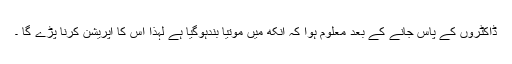
ڈاکٹروں کے پاس جانے کے بعد معلوم ہوا کہ آنکھ میں موتیا بندہوگیا ہے لہٰذا اس کا آپریشن کرنا پڑے گا ۔